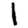
Digit: 1